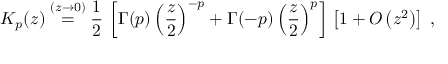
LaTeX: K _ { p } ( z ) \stackrel { ( z \rightarrow 0 ) } { = } \frac { 1 } { 2 } \, \left[ \Gamma ( p ) \left( \frac { z } { 2 } \right) ^ { - p } + \Gamma ( - p ) \left( \frac { z } { 2 } \right) ^ { p } \right] \, \left[ 1 + O \left( z ^ { 2 } \right) \right] \; ,